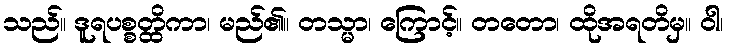
သည်။ ဒူရပစ္စတ္ထိကာ၊ မည်၏။ တသ္မာ၊ ကြောင့်။ တတော၊ ထိုအရတိမှ။ ဝါ၊